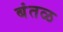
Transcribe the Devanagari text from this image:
बंतळ